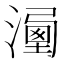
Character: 𣽔